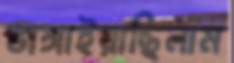
ভাঙ্গাইয়াছিলাম